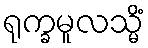
ရုက္ခမူလသ္မိံ